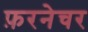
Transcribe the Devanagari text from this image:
फ़रनेचर